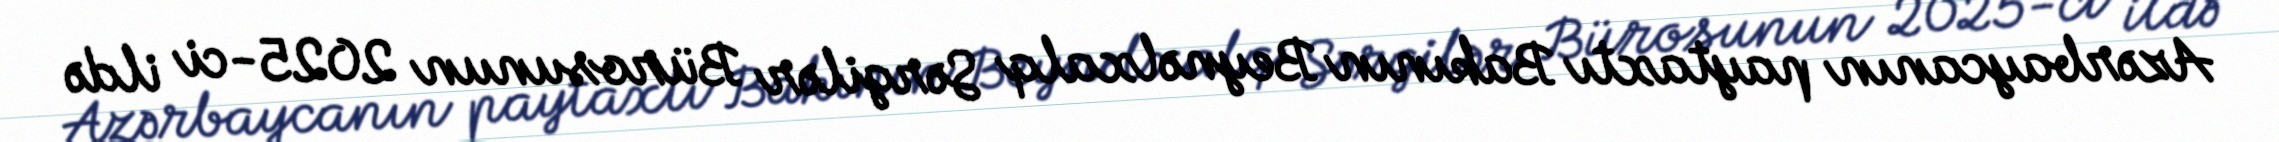
Azərbaycanın paytaxtı Bakının Beynəlxalq Sərgilər Bürosunun 2025-ci ildə